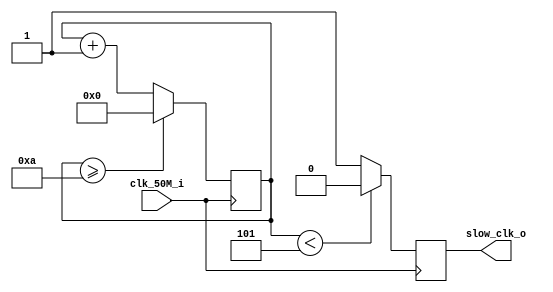
module slow_clk(
	clk_50M_i, 
	slow_clk_o
);
	input clk_50M_i;
	output reg slow_clk_o;
	
   reg [26:0] r_counter = 0;
   always @(posedge clk_50M_i) r_counter <= (r_counter >= 10)? 0 : r_counter + 1;

   always @(posedge clk_50M_i) slow_clk_o <= (r_counter < 5)? 1'b0 : 1'b1;
	
endmodule